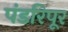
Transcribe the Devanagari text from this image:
पंडरिपूर